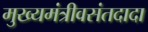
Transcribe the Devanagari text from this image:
मुख्यमंत्रीवसंतदादा